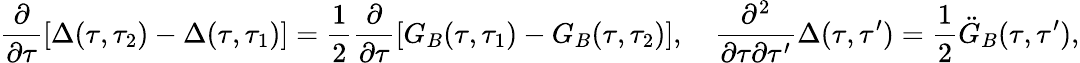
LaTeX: \frac{\partial}{\partial\tau}[\Delta(\tau,\tau_{2})-\Delta(\tau,\tau_{1})]={\frac{1}{2}}\frac{\partial}{\partial\tau}[G_{B}(\tau,\tau_{1})-G_{B}(\tau,\tau_{2})],\quad\frac{\partial^{2}}{\partial\tau\partial\tau^{\prime}}\Delta(\tau,\tau^{\prime})={\frac{1}{2}}\ddot{G}_{B}(\tau,\tau^{\prime}),